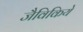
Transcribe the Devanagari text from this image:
जैविकिये